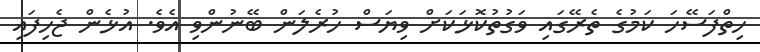
ހިތްފަސޭހަ ކަމުގެ ތެރޭގައި ވަގުތުކޮޅަކަށް ވިޔަސް ހުރެލަން ބޭނުންވި އެވެ. އުޅެން ޖެހިފައި